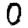
Digit: 0